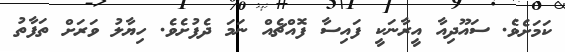
ކަމަށެވެ. ސައޫދިއާ އީރާނަކީ ފައިސާ ފޮއްޗެއް ނަމަ ދެފުށެވެ. ހިޔާލު ވަރަށް ތަފާތު